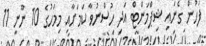
ފަހުން ގެނައި ޝިޕްމަންޓް އަދި ހުސްނުވާ ކަމަށާއި މިމަހުގެ 10 ނޫނީ 11